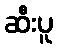
ဆီးပူ